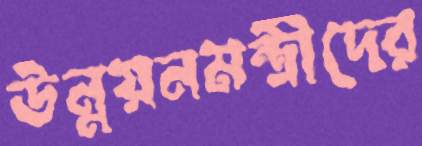
উন্নয়নমন্ত্রীদের